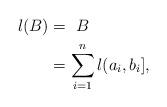
LaTeX: \begin{align*} l(B) &= ~B\\&=\sum_{i=1}^{n} l(a_{i},b_{i}],\end{align*}